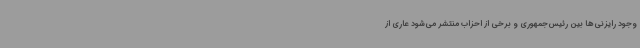
وجود رایزنی‌ها بین رئیس‌جمهوری و برخی از احزاب منتشر می‌شود عاری از